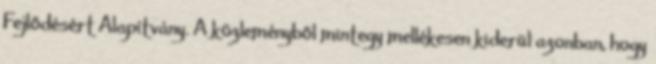
Fejlődésért Alapítvány. A közleményből mintegy mellékesen kiderül azonban, hogy